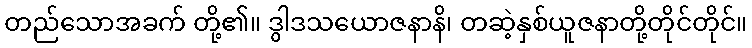
တည်သောအခက် တို့၏။ ဒွါဒသယောဇနာနိ၊ တဆဲ့နှစ်ယူဇနာတို့တိုင်တိုင်။